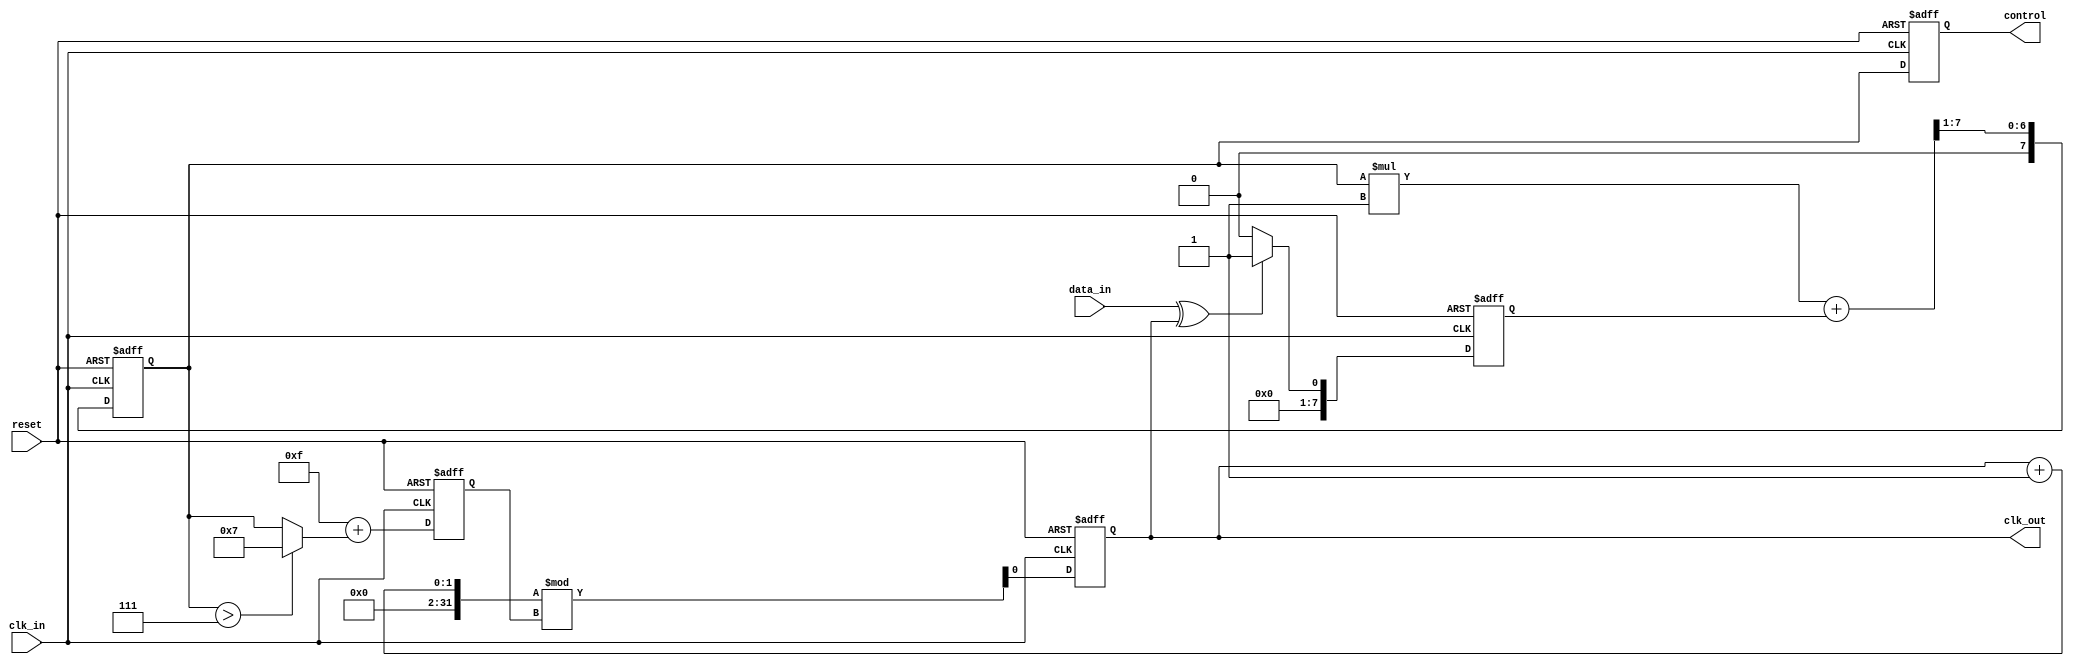
module ClockRecoveryPLL (
    input wire clk_in,          // Incoming data clock
    input wire data_in,         // Incoming data signal
    input wire reset,           // Reset signal
    output reg clk_out,         // Output recovered clock
    output reg [7:0] control    // Control voltage for VCO (for demonstration)
);

    // Parameters for PLL
    parameter PHASE_DETECTOR_GAIN = 8'b00000001; // Gain for phase detector
    parameter LOOP_FILTER_GAIN = 8'b00000001;     // Gain for loop filter
    parameter VCO_BASE_FREQ = 8'b00001111;         // Base frequency for VCO
    parameter VCO_FREQ_RANGE = 8'b00000111;        // Frequency adjustment range for VCO

    // Internal signals
    reg [7:0] phase_diff;         // Phase difference from PD
    reg [7:0] filtered_signal;     // Output of the Loop Filter
    reg [7:0] vco_output;          // VCO output frequency

    // Phase Detector (PD)
    always @(posedge clk_in or posedge reset) begin
        if (reset) begin
            phase_diff <= 8'b0;
        end else begin
            // Simple PD implementation (this is a placeholder, a real PD would be more complex)
            phase_diff <= (data_in ^ clk_out) ? PHASE_DETECTOR_GAIN : 8'b0;
        end
    end

    // Loop Filter (LF)
    always @(posedge clk_in or posedge reset) begin
        if (reset) begin
            filtered_signal <= 8'b0;
        end else begin
            // Simple low-pass filter implementation (first-order for simplicity)
            filtered_signal <= (filtered_signal * LOOP_FILTER_GAIN + phase_diff) >> 1;
        end
    end

    // Voltage-Controlled Oscillator (VCO)
    always @(posedge clk_in or posedge reset) begin
        if (reset) begin
            vco_output <= VCO_BASE_FREQ;
            clk_out <= 0;
        end else begin
            // Adjust VCO frequency based on filtered signal
            vco_output <= VCO_BASE_FREQ + (filtered_signal > VCO_FREQ_RANGE ? VCO_FREQ_RANGE : filtered_signal);
            // Generate clock signal based on VCO output
            clk_out <= (clk_out + 1) % vco_output; // This is a placeholder for VCO clock generation
        end
    end

    // Control Output
    always @(posedge clk_in or posedge reset) begin
        if (reset) begin
            control <= 8'b0;
        end else begin
            control <= filtered_signal; // Control signal for external use
        end
    end

endmodule